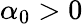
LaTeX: \alpha_{0}>0